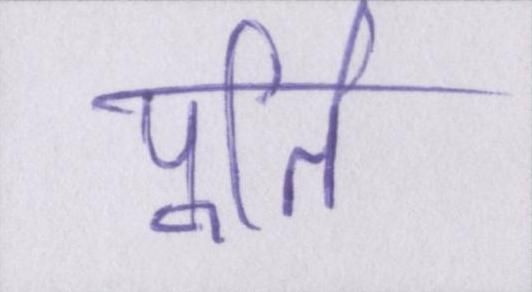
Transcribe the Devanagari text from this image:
पूर्ति